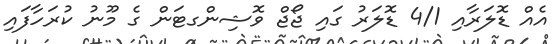
އެއް ޑޮލަރާއި 4/1 ޑޮލަރު ގައި ޖޯޖް ވޮޝިންގޓަން ގެ މޫނު ކުރަހާފައި